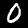
Label: 0